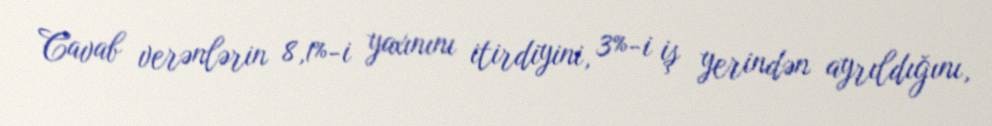
Cavab verənlərin 8,1%-i yaxınını itirdiyini, 3%-i iş yerindən ayrıldığını,